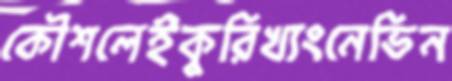
কৌশলেইকুরিখ্যংনেভিন